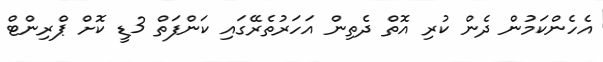
އެހެންކަމުން ދެން ކުރި އޮތް ދެތިން އަހަރުތެރޭގައި ކަންފަތް 3ޑީ ކޮށް ޕްރިންޓް